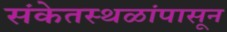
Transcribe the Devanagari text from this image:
संकेतस्थळांपासून